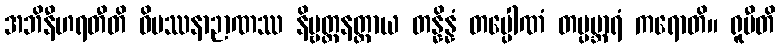
အဘိနီဟရတီတိ ဝိပဿနာဉာဏဿ နိဗ္ဗတ္တနတ္ထာယ တန္နိန္နံ တပ္ပေါဏံ တပ္ပဗ္ဘာရံ ကရောတိ။ ရူပီတိ